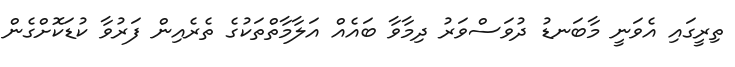
ތިރީގައި އެވަނީ މާބަނޑު ދުވަސްވަރު ދިމާވާ ބައެއް އަލާމާތްތަކުގެ ތެރެއިން ފަރުވާ ކުޑަކޮށްގެން